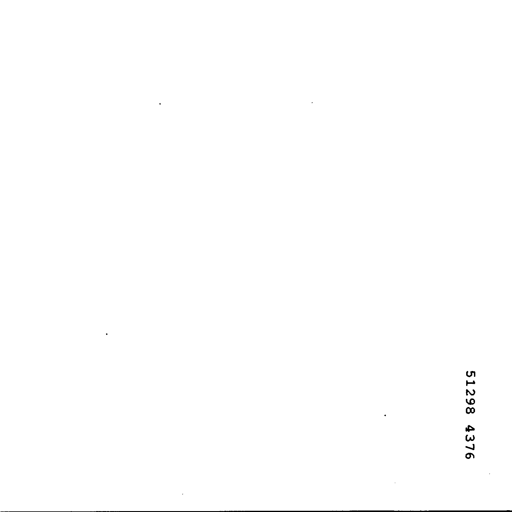
51298 4376